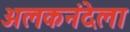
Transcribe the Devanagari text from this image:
अलकनंदेला